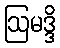
ဩမဒ္ဒိ